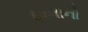
ઘાનાનો